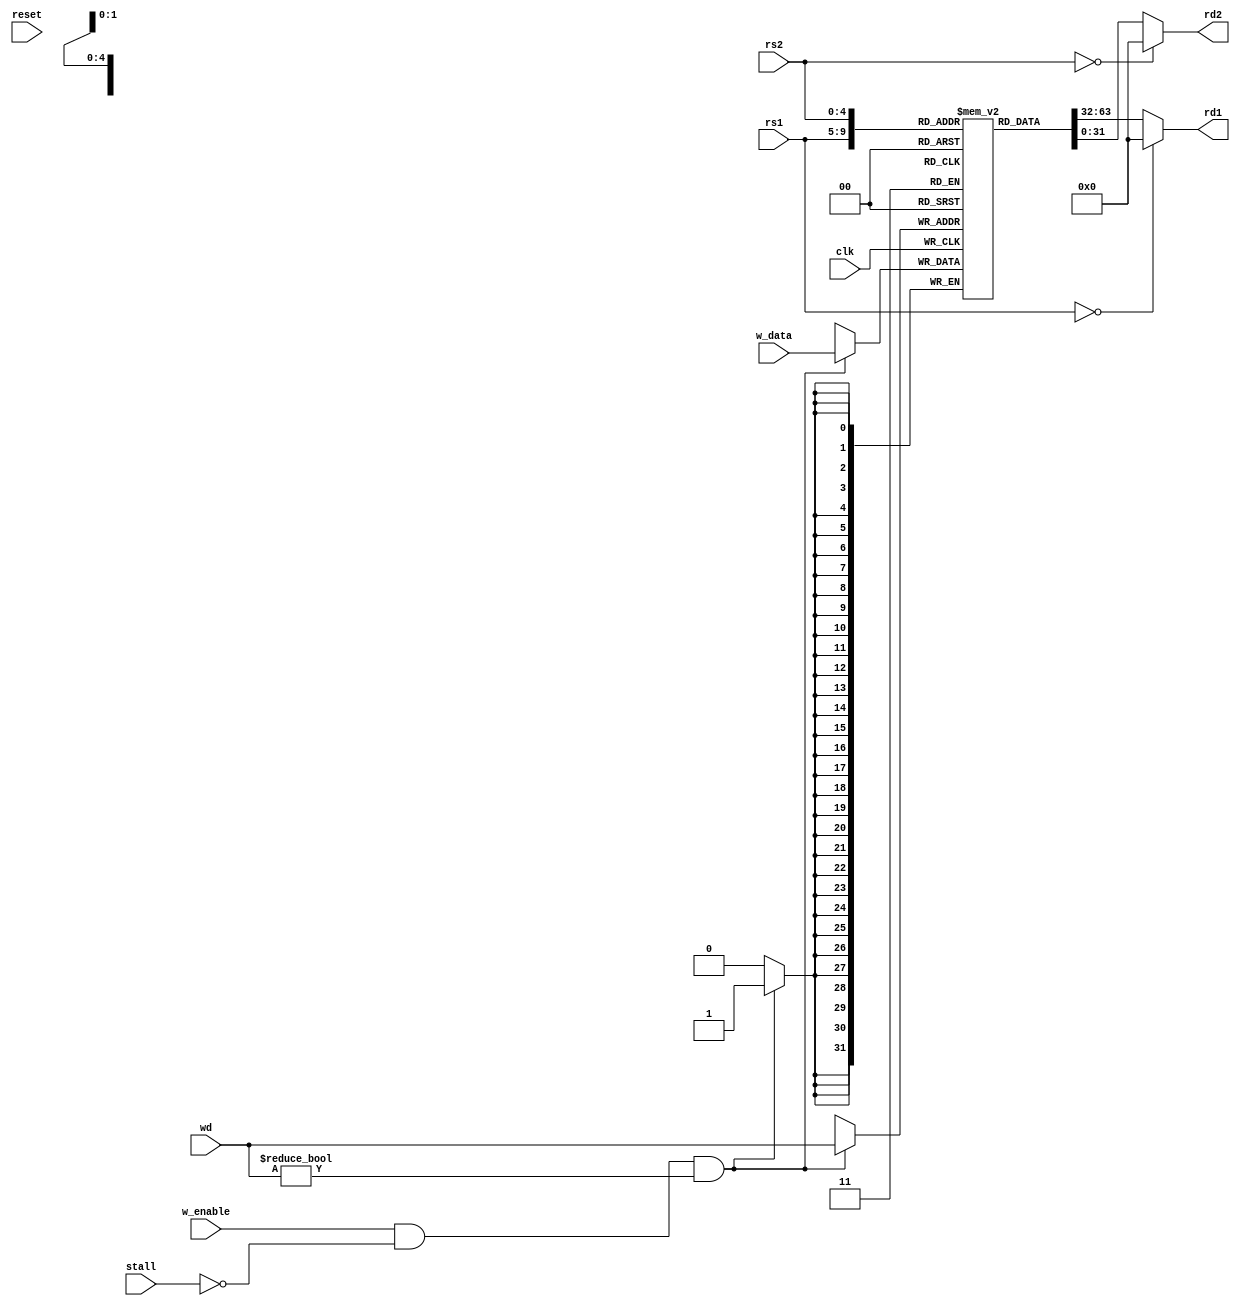
module regfile_8 (
	input clk,
	input reset,
	output [31:0] rd1, 
	output [31:0] rd2,
	input [4:0] rs1, 
	input [4:0] rs2, 
	input [4:0] wd,
	input [31:0] w_data,
	input w_enable,
	input stall);
	reg [31:0] registers[31:0];
	always @ (posedge clk) begin
		if (w_enable & !stall & wd != 0)
			registers[wd] <= w_data;
	end
	assign rd1 = rs1 == 0 ? 32'b0 : registers[rs1];
	assign rd2 = rs2 == 0 ? 32'b0 : registers[rs2];
endmodule